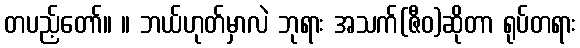
တပည့်တော်။ ။ ဘယ်ဟုတ်မှာလဲ ဘုရား အသက်(ဇီဝ)ဆိုတာ ရုပ်တရား